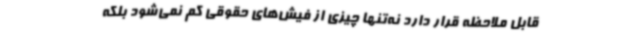
قابل‌ ملاحظه قرار دارد نه‌تنها چیزی از فیش‌های حقوقی کم نمی‌شود بلکه